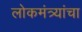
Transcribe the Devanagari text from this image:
लोकमंत्र्यांचा